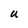
Character: u